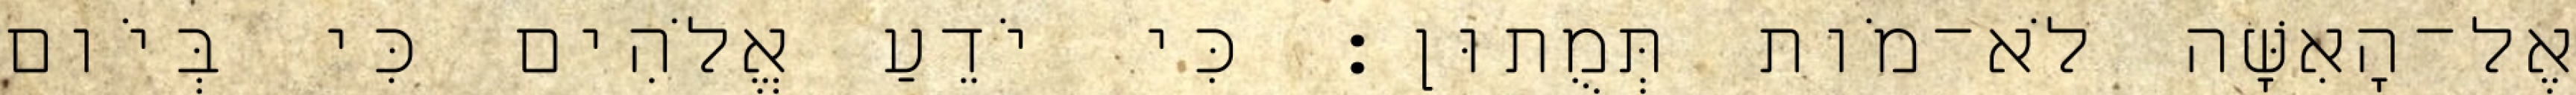
אֶל־הָאִשָּׁה לֹא־מֹות תְּמֻתוּן׃ כִּי יֹדֵעַ אֱלֹהִים כִּי בְּיֹום